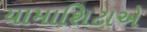
યામાશિટાએ